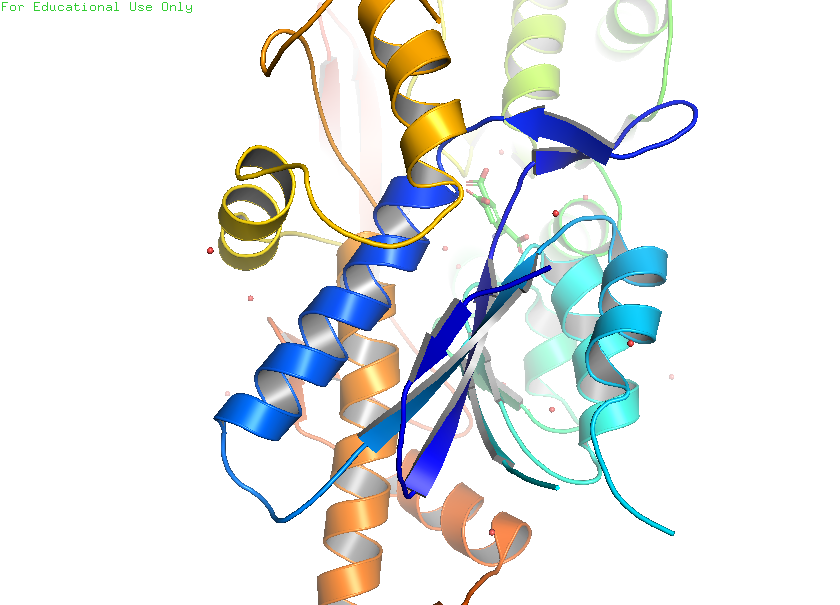
pymol, preset, pub_solv